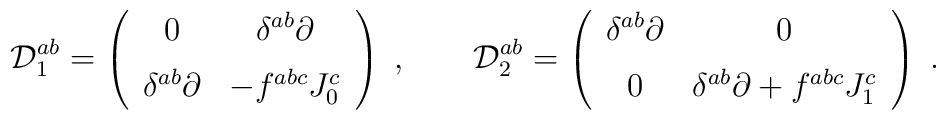
{\cal D}_{1}^{ab} = \left(\begin{array}{cc}0 & \delta^{ab} \partial\\\noalign{\vspace{6pt}}\delta^{ab} \partial & -f^{abc}J_{0}^{c}\end{array}\right)\;,\qquad {\cal D}_{2}^{ab} = \left(\begin{array}{cc}\delta^{ab} \partial & 0\\\noalign{\vspace{6pt}}0 & \delta^{ab} \partial + f^{abc} J_{1}^{c}\end{array}\right)\;.